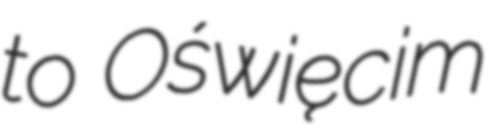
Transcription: to Oświęcim